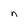
Character: e